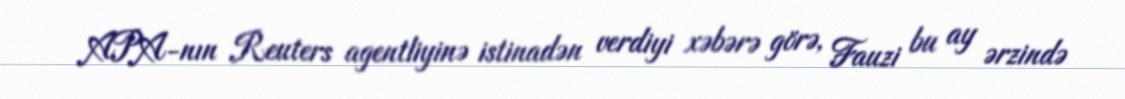
APA-nın Reuters agentliyinə istinadən verdiyi xəbərə görə, Fauzi bu ay ərzində